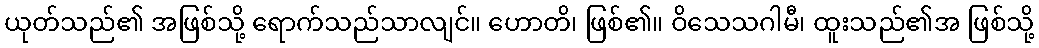
ယုတ်သည်၏ အဖြစ်သို့ ရောက်သည်သာလျင်။ ဟောတိ၊ ဖြစ်၏။ ဝိသေသဂါမီ၊ ထူးသည်၏အ ဖြစ်သို့